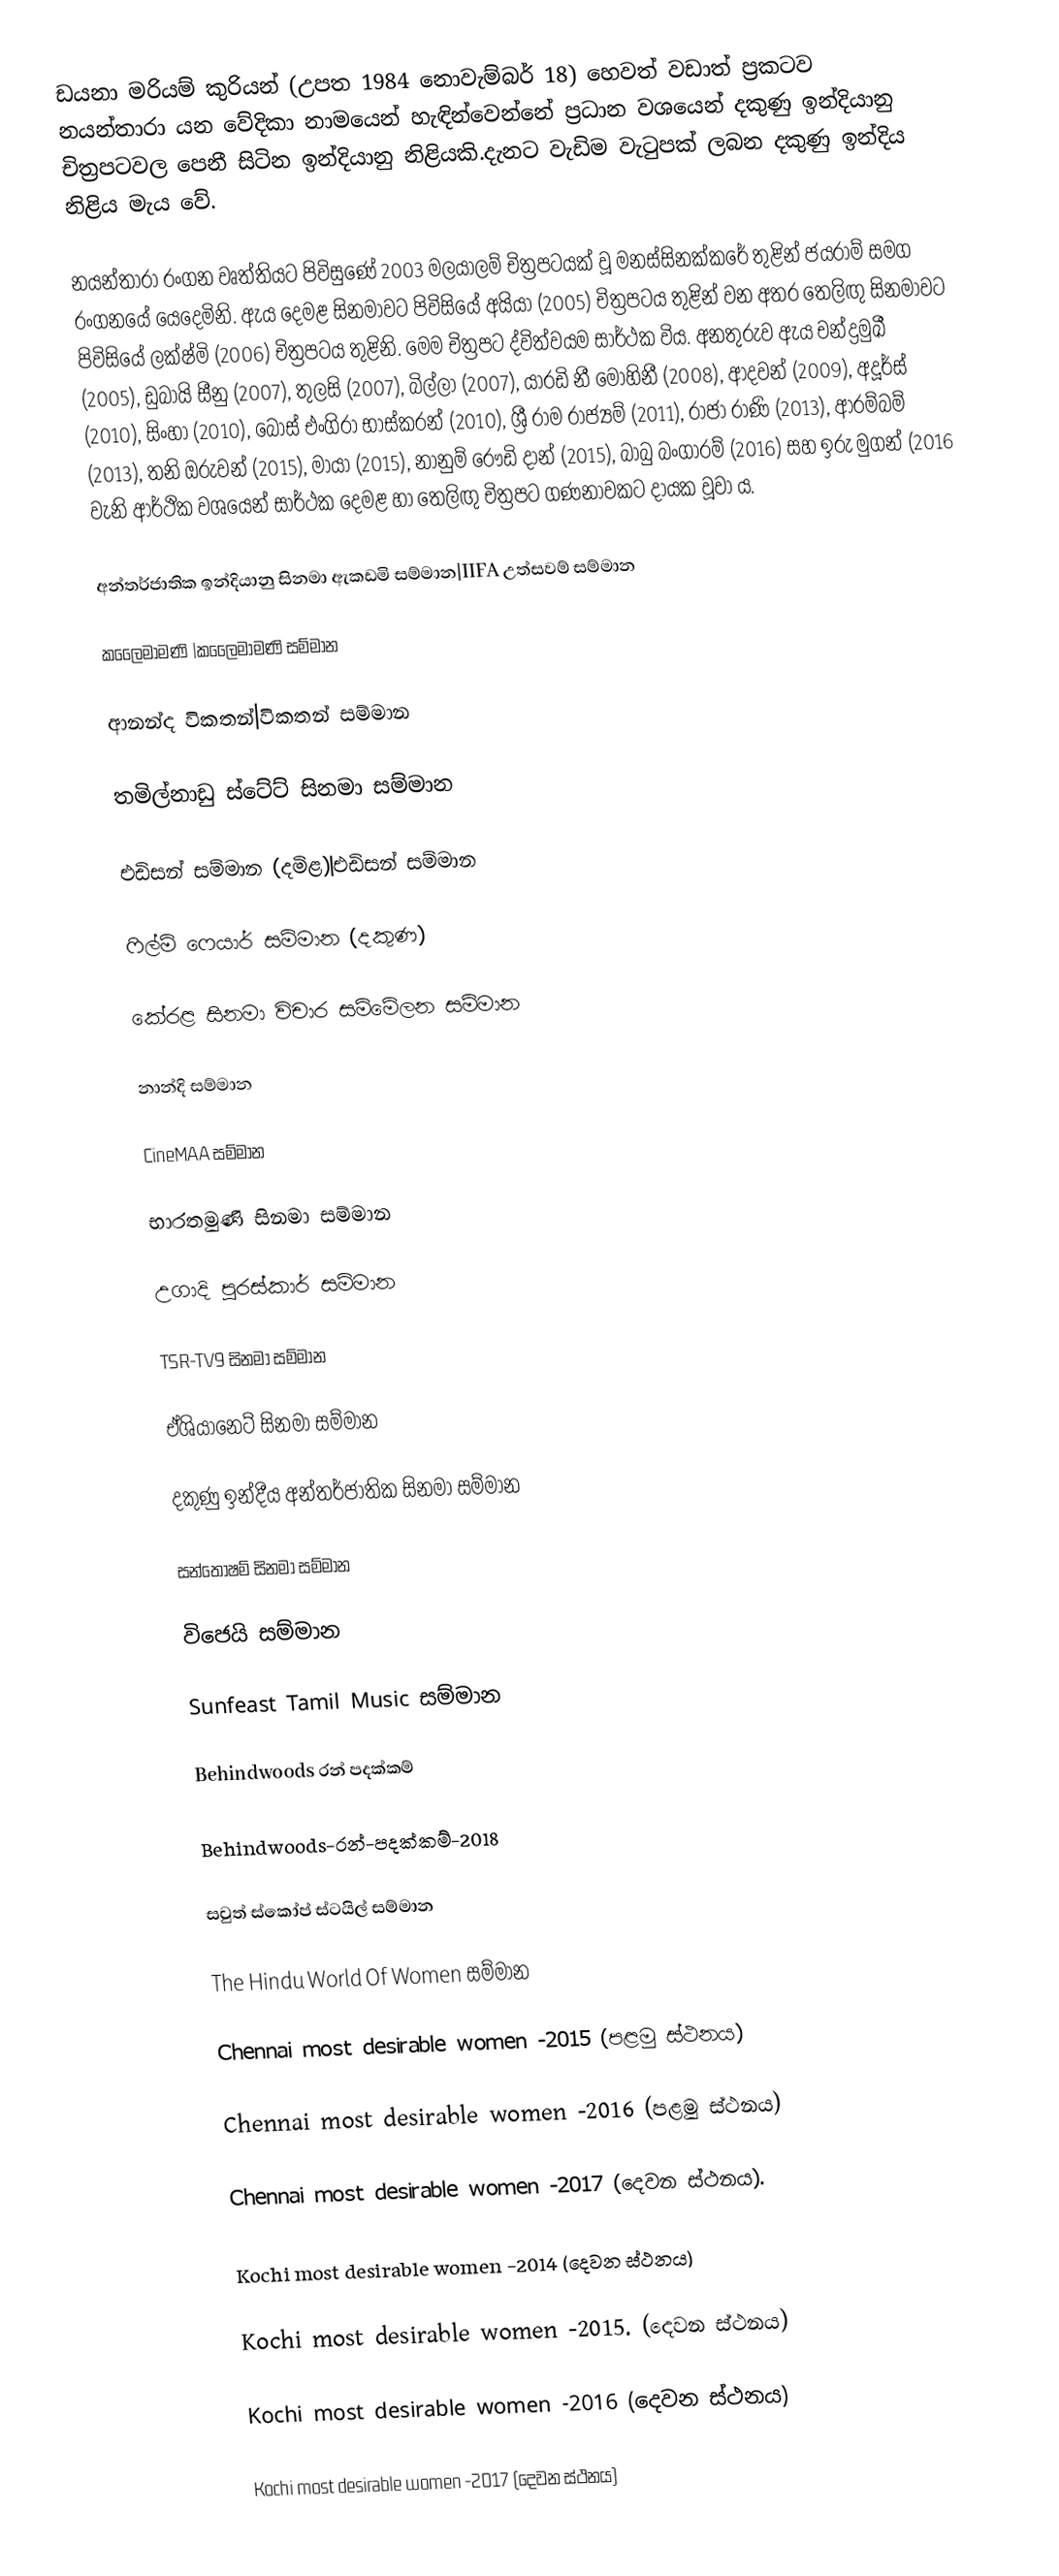
ඩයනා මරියම් කුරියන් (උපත 1984 නොවැම්බර් 18) හෙවත් වඩාත් ප්‍රකටව නයන්තාරා යන වේදිකා නාමයෙන් හැඳින්වෙන්නේ ප්‍රධාන වශයෙන් දකුණු ඉන්දියානු චිත්‍රපටවල පෙනී සිටින ඉන්දියානු නිළියකි.දැනට වැඩිම වැටුපක් ලබන දකුණු ඉන්දිය නිළිය මැය වේ.

නයන්තාරා රංගන වෘත්තියට පිවිසුණේ 2003 මලයාලම් චිත්‍රපටයක් වූ මනස්සිනක්කරේ තුළින් ජයරාම් සමග රංගනයේ යෙදෙමිනි. ඇය දෙමළ සිනමාවට පිවිසියේ අයියා (2005) චිත්‍රපටය තුළින් වන අතර තෙලිඟු සිනමාවට පිවිසියේ ලක්ෂ්මි (2006) චිත්‍රපටය තුළිනි. මෙම චිත්‍රපට ද්විත්වයම සාර්ථක විය. අනතුරුව ඇය චන්ද්‍රමුඛී (2005), ඩුබායි සීනු (2007), තුලසි (2007), බිල්ලා (2007), යාරඩි නී මොහිනී (2008), ආදවන් (2009), අදූර්ස් (2010), සිංහා (2010), බොස් එංගිරා භාස්කරන් (2010), ශ්‍රී රාම රාජ්‍යම් (2011), රාජා රාණි (2013), ආරම්බම් (2013), තනි ඔරුවන් (2015), මායා (2015), නානුම් රෞඩි දාන් (2015), බාබු බංගාරම් (2016) සහ ඉරු මුගන් (2016 වැනි ආර්ථික වශයෙන් සාර්ථක දෙමළ හා තෙලිඟු චිත්‍රපට ගණනාවකට දායක වූවා ය.

අන්තර්ජාතික ඉන්දියානු සිනමා ඇකඩමි සම්මාන|IIFA උත්සවම් සම්මාන

කලෛමාමණි |කලෛමාමණි සම්මාන

ආනන්ද විකතන්|විකතන් සම්මාන

තමිල්නාඩු ස්ටේට් සිනමා සම්මාන

එඩිසන් සම්මාන (දමිළ)|එඩිසන් සම්මාන

ෆිල්ම් ෆෙයාර් සම්මාන (දකුණ)

කේරළ සිනමා විචාර සම්මේලන සම්මාන

නාන්දි සම්මාන

CineMAA සම්මාන

භාරතමුණි සිනමා සම්මාන

උගාදි පුරස්කාර් සම්මාන

TSR-TV9 සිනමා සම්මාන

ඒශියානෙට් සිනමා සම්මාන

දකුණු ඉන්දීය අන්තර්ජාතික සිනමා සම්මාන

සන්තෝෂම් සිනමා සම්මාන

විජෙයි සම්මාන

Sunfeast Tamil Music සම්මාන

Behindwoods රන් පදක්කම්

Behindwoods-රන්-පදක්කම්-2018

සවුත් ස්කෝප් ස්ටයිල් සම්මාන

The Hindu World Of Women සම්මාන

Chennai most desirable women -2015 (පළමු ස්ථනය)

Chennai most desirable women -2016 (පළමු ස්ථනය)

Chennai most desirable women -2017 (දෙවන ස්ථනය).

Kochi most desirable women -2014  (දෙවන ස්ථනය)

Kochi most desirable women -2015. (දෙවන ස්ථනය)

Kochi most desirable women -2016 (දෙවන ස්ථනය)

Kochi most desirable women -2017 (දෙවන ස්ථනය)